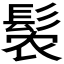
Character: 𬴩